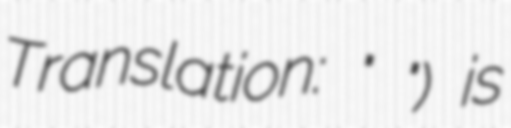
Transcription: Translation: "كينغز أكاديمي") is